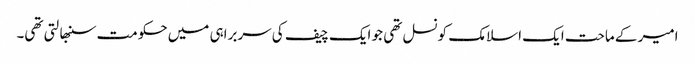
امیر کے ماحت ایک اسلامک کونسل تھی جو ایک چیف کی سربراہی میں حکومت سنبھالتی تھی۔